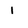
Character: I